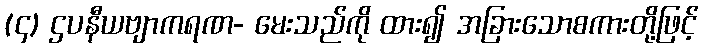
(၄) ဌပနီယဗျာကရဏ- မေးသည်ကို ထား၍ အခြားသောစကားတို့ဖြင့်